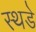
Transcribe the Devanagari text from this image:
स्थडे